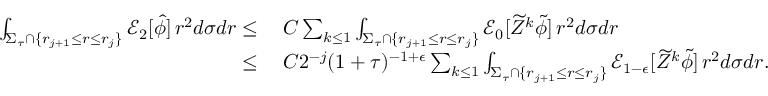
\begin{array} { r l } { \int _ { \Sigma _ { \tau } \cap \{ r _ { j + 1 } \leq r \leq r _ { j } \} } \mathcal { E } _ { 2 } [ \widehat { \phi } ] \, r ^ { 2 } d \sigma d r \leq } & { \: C \sum _ { k \leq 1 } \int _ { \Sigma _ { \tau } \cap \{ r _ { j + 1 } \leq r \leq r _ { j } \} } \mathcal { E } _ { 0 } [ \widetilde { Z } ^ { k } \widetilde { \phi } ] \, r ^ { 2 } d \sigma d r } \\ { \leq } & { \: C 2 ^ { - j } ( 1 + \tau ) ^ { - 1 + \epsilon } \sum _ { k \leq 1 } \int _ { \Sigma _ { \tau } \cap \{ r _ { j + 1 } \leq r \leq r _ { j } \} } \mathcal { E } _ { 1 - \epsilon } [ \widetilde { Z } ^ { k } \widetilde { \phi } ] \, r ^ { 2 } d \sigma d r . } \end{array}